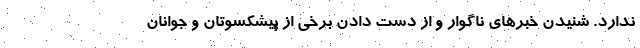
ندارد. شنیدن خبرهای ناگوار و از دست دادن برخی از پیشکسوتان و جوانان